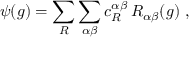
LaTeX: \psi ( g ) = \sum _ { R } \sum _ { \alpha \beta } c _ { R } ^ { \alpha \beta } \, R _ { \alpha \beta } ( g ) ~ ,